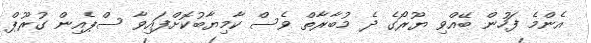
އެންމެ ފަހުން ބޭއްވި ޔޫރޯގެ ދެ މުބާރާތް ވެސް ކާމިޔާބުކޮށްފައިވާ ސްޕެއިން ގުރޫޕް